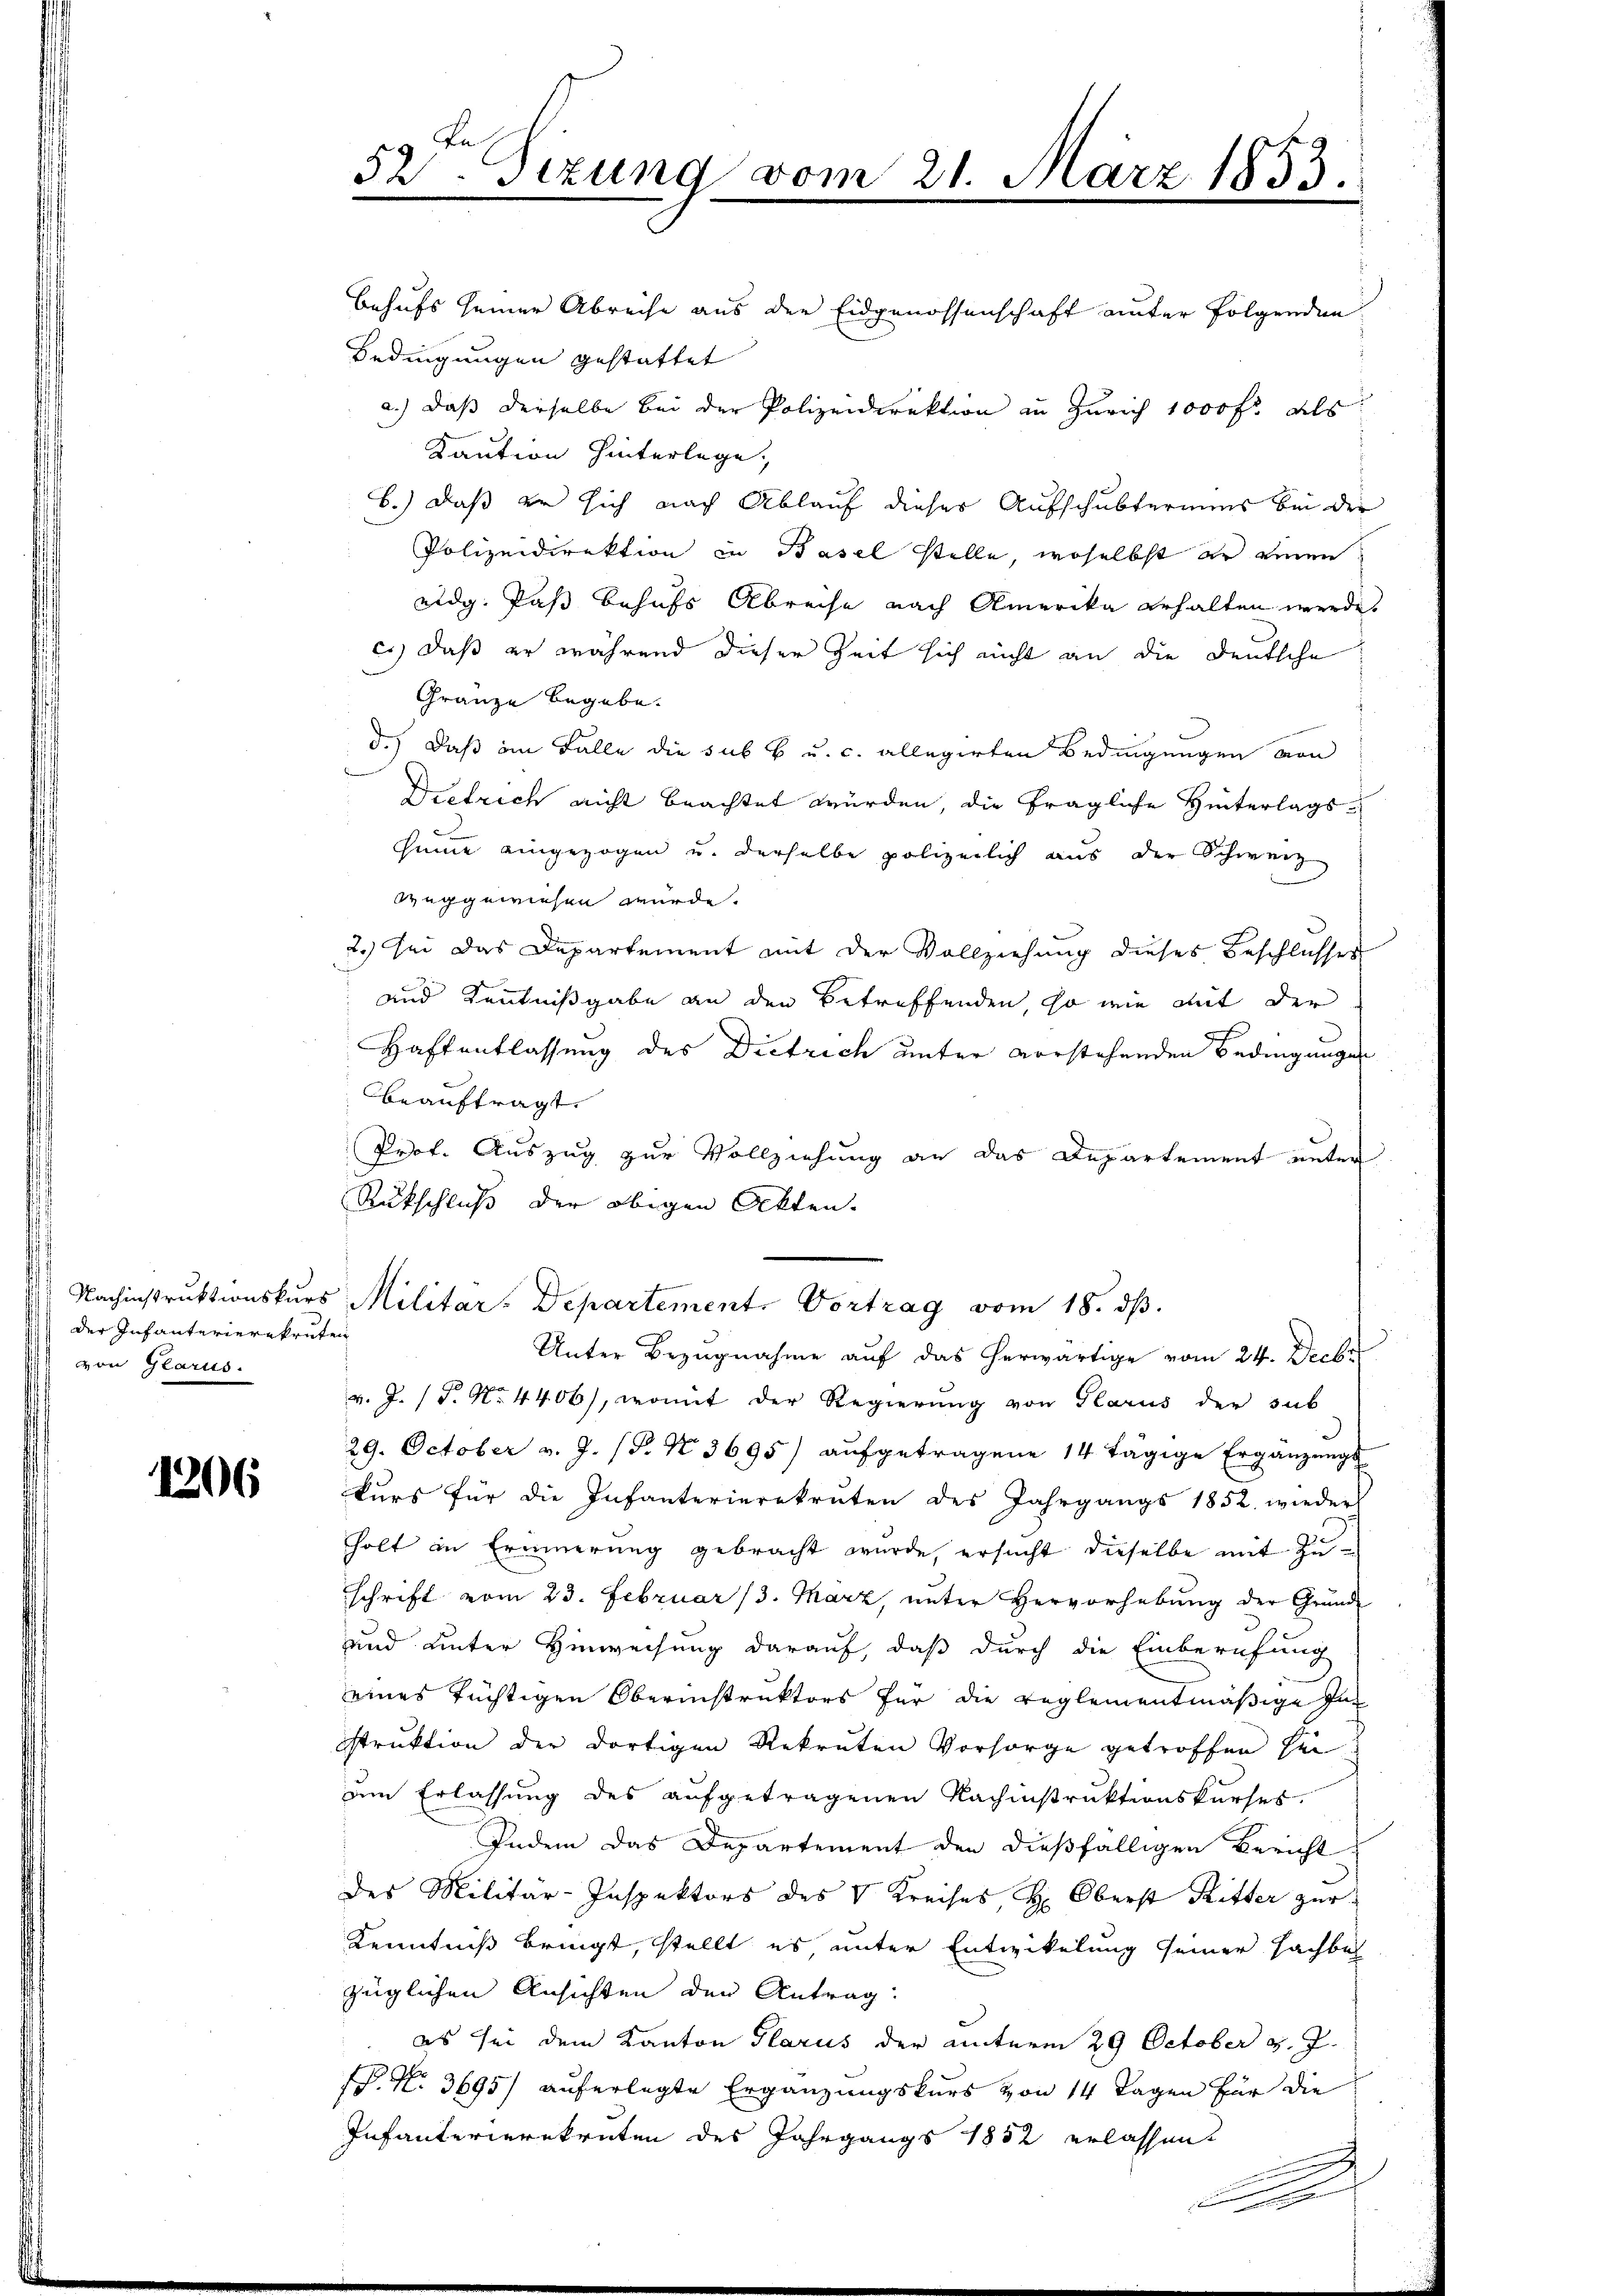
der Infanterierekruten
von Glarus.

1206

52 Tizung vom

21. März 1853.

behufs seiner Abreise aus der Eidgenossenschaft unter folgenden
Bedingungen gestattet
a.) daß derselbe bei der Polizeidirektion in Zürich 1000 fr. als
Kaution hinterlege,
B.) Daß zu sich nach Ablauf dieser Aufschulteriums bei der
Polizeidirektion in Basel stelle, woselbst er einen
eidg. Das behufs Abreise nach Amerika erhalten werde,
es) daß er während dieser Zeit sich nicht an die Deutsche
Gränze begabe.
d.) Daß im Falle die sub b u. c. allegirten Bedingungen von
Dietrich nicht beachtet würden, die fragliche Hinterlags-
heime eingezogen u. derselbe polizeilich aus der Schweiz
weggewiesen wurde.
2.) Sei das Departement mit der Vollziehung dieses Beschlusser
und Kenntnißgabe an den Betreffenden, so wie mit der
Haffentlassung des Dietrich unter vorstehenden Bedingungen
beauftragt.
Prof. Auszug zur Vollziehung an das Departement unter
Rückschluß der obigen Akten.
Nachinstruktionskŭrs Militar-Departement. Vortrag vom 18. dβ.
Unter Bezugnahme auf das herwärtige vom 24. Decbr
v. J. (T. No 4406), womit der Regierung von Glarus der sub
29. October v. J. (T. N. 3695) aŭfgetragene 14 tägige Ergänzŭngs-
kurs für die Infanterierekruten des Jahrgangs 1852. wieder
holt in Erinnerung gebracht wurde, ersucht dieselbe mit Zuschrift vom 23. Februar (3. März, unter Hervorhebung der Grund-
und unter Hinweisung darauf, daß durch die Einberufung
eines tüchtigen Oberinstruktors für die reglementmäßige Ja
istruktion der dortigen Rekruten Vorsorge getroffen sei
am Erlassung des aufgetragenen Rachinstruktionskurses.
Indem das Departement den dießfälligen Bericht
des Militär-Inspektors des V Kreises, H. Oberst Ritter zur
Kenntniß bringt, stellt es, unter Entwickelung seiner Fachbah
züglichen Ansichten den Antrag:
es sei dem Kanton Glarus der unterm 29 October v. J.
. N. 3695) auferlegte Ergänzungskurs von 14 Tagen für die
Infanterierekruten des Jahrgangs 1852 erlassen.